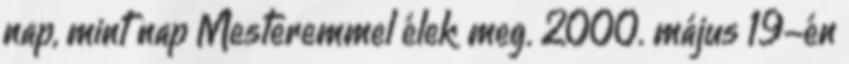
nap, mint nap Mesteremmel élek meg. 2000. május 19-én